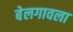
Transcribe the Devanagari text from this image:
बेलगावला